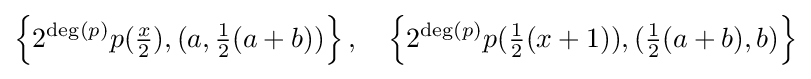
\left\{2^{\deg(p)}p({\tfrac {x}{2}}),(a,{\tfrac {1}{2}}(a+b))\right\},\quad \left\{2^{\deg(p)}p({\tfrac {1}{2}}(x+1)),({\tfrac {1}{2}}(a+b),b)\right\}